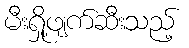
မီးရှို့ဖျက်ဆီးသည့်